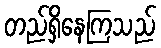
တည်ရှိနေကြသည်